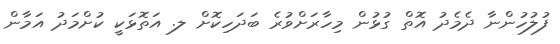
ފުލުހުންނާ ދެމެދު އޮތް ގުޅުން މިހާރަށްވުރެ ބަދަހިކޮށް ލ. އަތޮޅަކީ ކުށްމަދު އަމާން